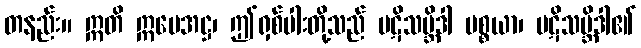
တနည်း။ ဣတိ ဣမေအဋ္ဌ၊ ဤရှစ်ပါးတို့သည် ပဋိသမ္ဘိဒါ ပစ္စယာ၊ ပဋိသမ္ဘိဒါ၏